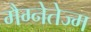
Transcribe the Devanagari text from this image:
मैग्नेतेज्म